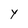
Character: Y